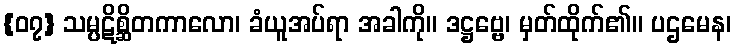
{၀၇} သမ္ပဋိစ္ဆိတကာလော၊ ခံယူအပ်ရာ အခါကို။ ဒဋ္ဌဗ္ဗေ၊ မှတ်ထိုက်၏။ ပဌမေန၊